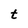
Character: t